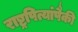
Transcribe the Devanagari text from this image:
राष्ट्रपित्यांपैकी